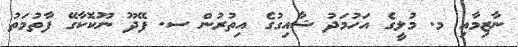
ނާޒިމާއި މ. މުލީގެ އަހުމަދު ޝާއިގުގެ އިތުރުން ސ. ފޭދޫ ނޫކޮކާގޭ ފާތުމަތު